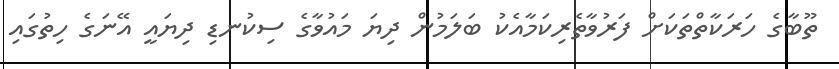
ތޫބާގެ ހަރަކާތްތަކަށް ފަރުވާތެރިކަމާއެކު ބަލަމުން ދިޔަ މައުވާގެ ސިކުނޑި ދިޔައީ އޭނަގެ ހިތުގައި